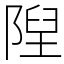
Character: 隉